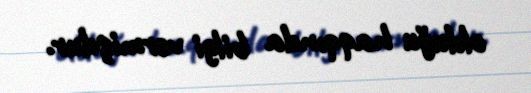
olduğu haqqında bilgi vermişdur.